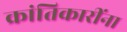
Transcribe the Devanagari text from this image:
क्रांतिकारींना